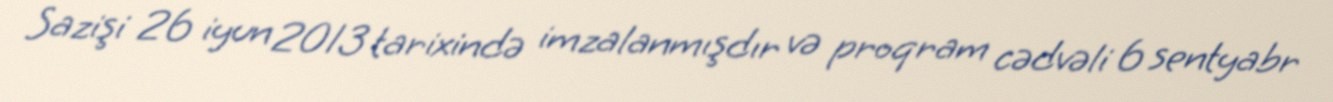
Sazişi 26 iyun 2013 tarixində imzalanmışdır və proqram cədvəli 6 sentyabr